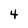
Character: 4